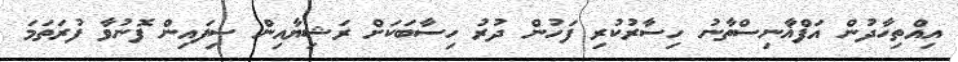
އިއްތިހާދުން އަފްޣާނިސްތާނު ހިސާރުކުރި ފަހުން ދުރު ހިސާބަކަށް ރަޝިޔާއިން ސިފައިން ފޮނުވާ ފުރަތަމަ